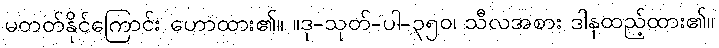
မတတ်နိုင်ကြောင်း ဟောထား၏။ ။ဒု-သုတ်-ပါ-၃၅၀၊ သီလအစား ဒါနထည့်ထား၏။